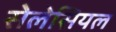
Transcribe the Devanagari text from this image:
सेलेसियल